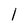
Character: l